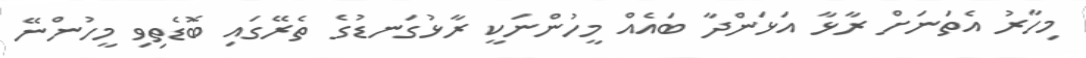
މިހާރު އެތަނަށް ރާޅާ އަޅަންދާ ބައެއް މީހުންނަކީ ރާޅުގަނޑުގެ ތެރޭގައި ބޮޑެތިވި މީހުންނޭ